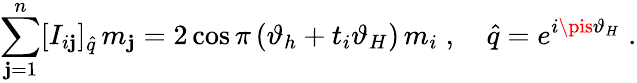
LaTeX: \sum_{\mathbf{j}=1}^{n}[I_{i\mathbf{j}}]_{\hat{{q}}}\, m_{\mathbf{j}}=2\cos\pi\left(\vartheta_{h}+t_{i}\vartheta_{H}\right)\, m_{i}\; ,\quad\hat{{q}}=e^{i\pis\vartheta_{H}}\; .